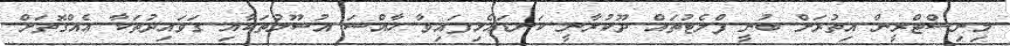
މިނިސްޓްރީން އިތުރަށް ބުނީ ފްލެޓުތައް ދޫކުރާނީ ކަނޑައެޅިފައިވާ ހާއްސަ އުސޫލުތަކާއި ގަވައިދުތަކާ އެއްގޮތަށް